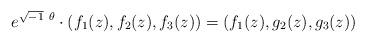
LaTeX: \begin{align*}e^{\sqrt{-1}\ \theta}\cdot(f_1(z),f_2(z),f_3(z))=(f_1(z),g_2(z),g_3(z))\end{align*}